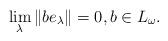
LaTeX: \begin{align*}\lim_\lambda \|be_\lambda\|=0, b\in L_\omega.\end{align*}